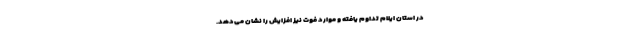
در استان ایلام تداوم یافته و موارد فوت نیز افزایش را نشان می‌دهد.